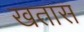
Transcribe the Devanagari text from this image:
खतास